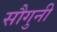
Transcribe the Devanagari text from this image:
सौगुनी